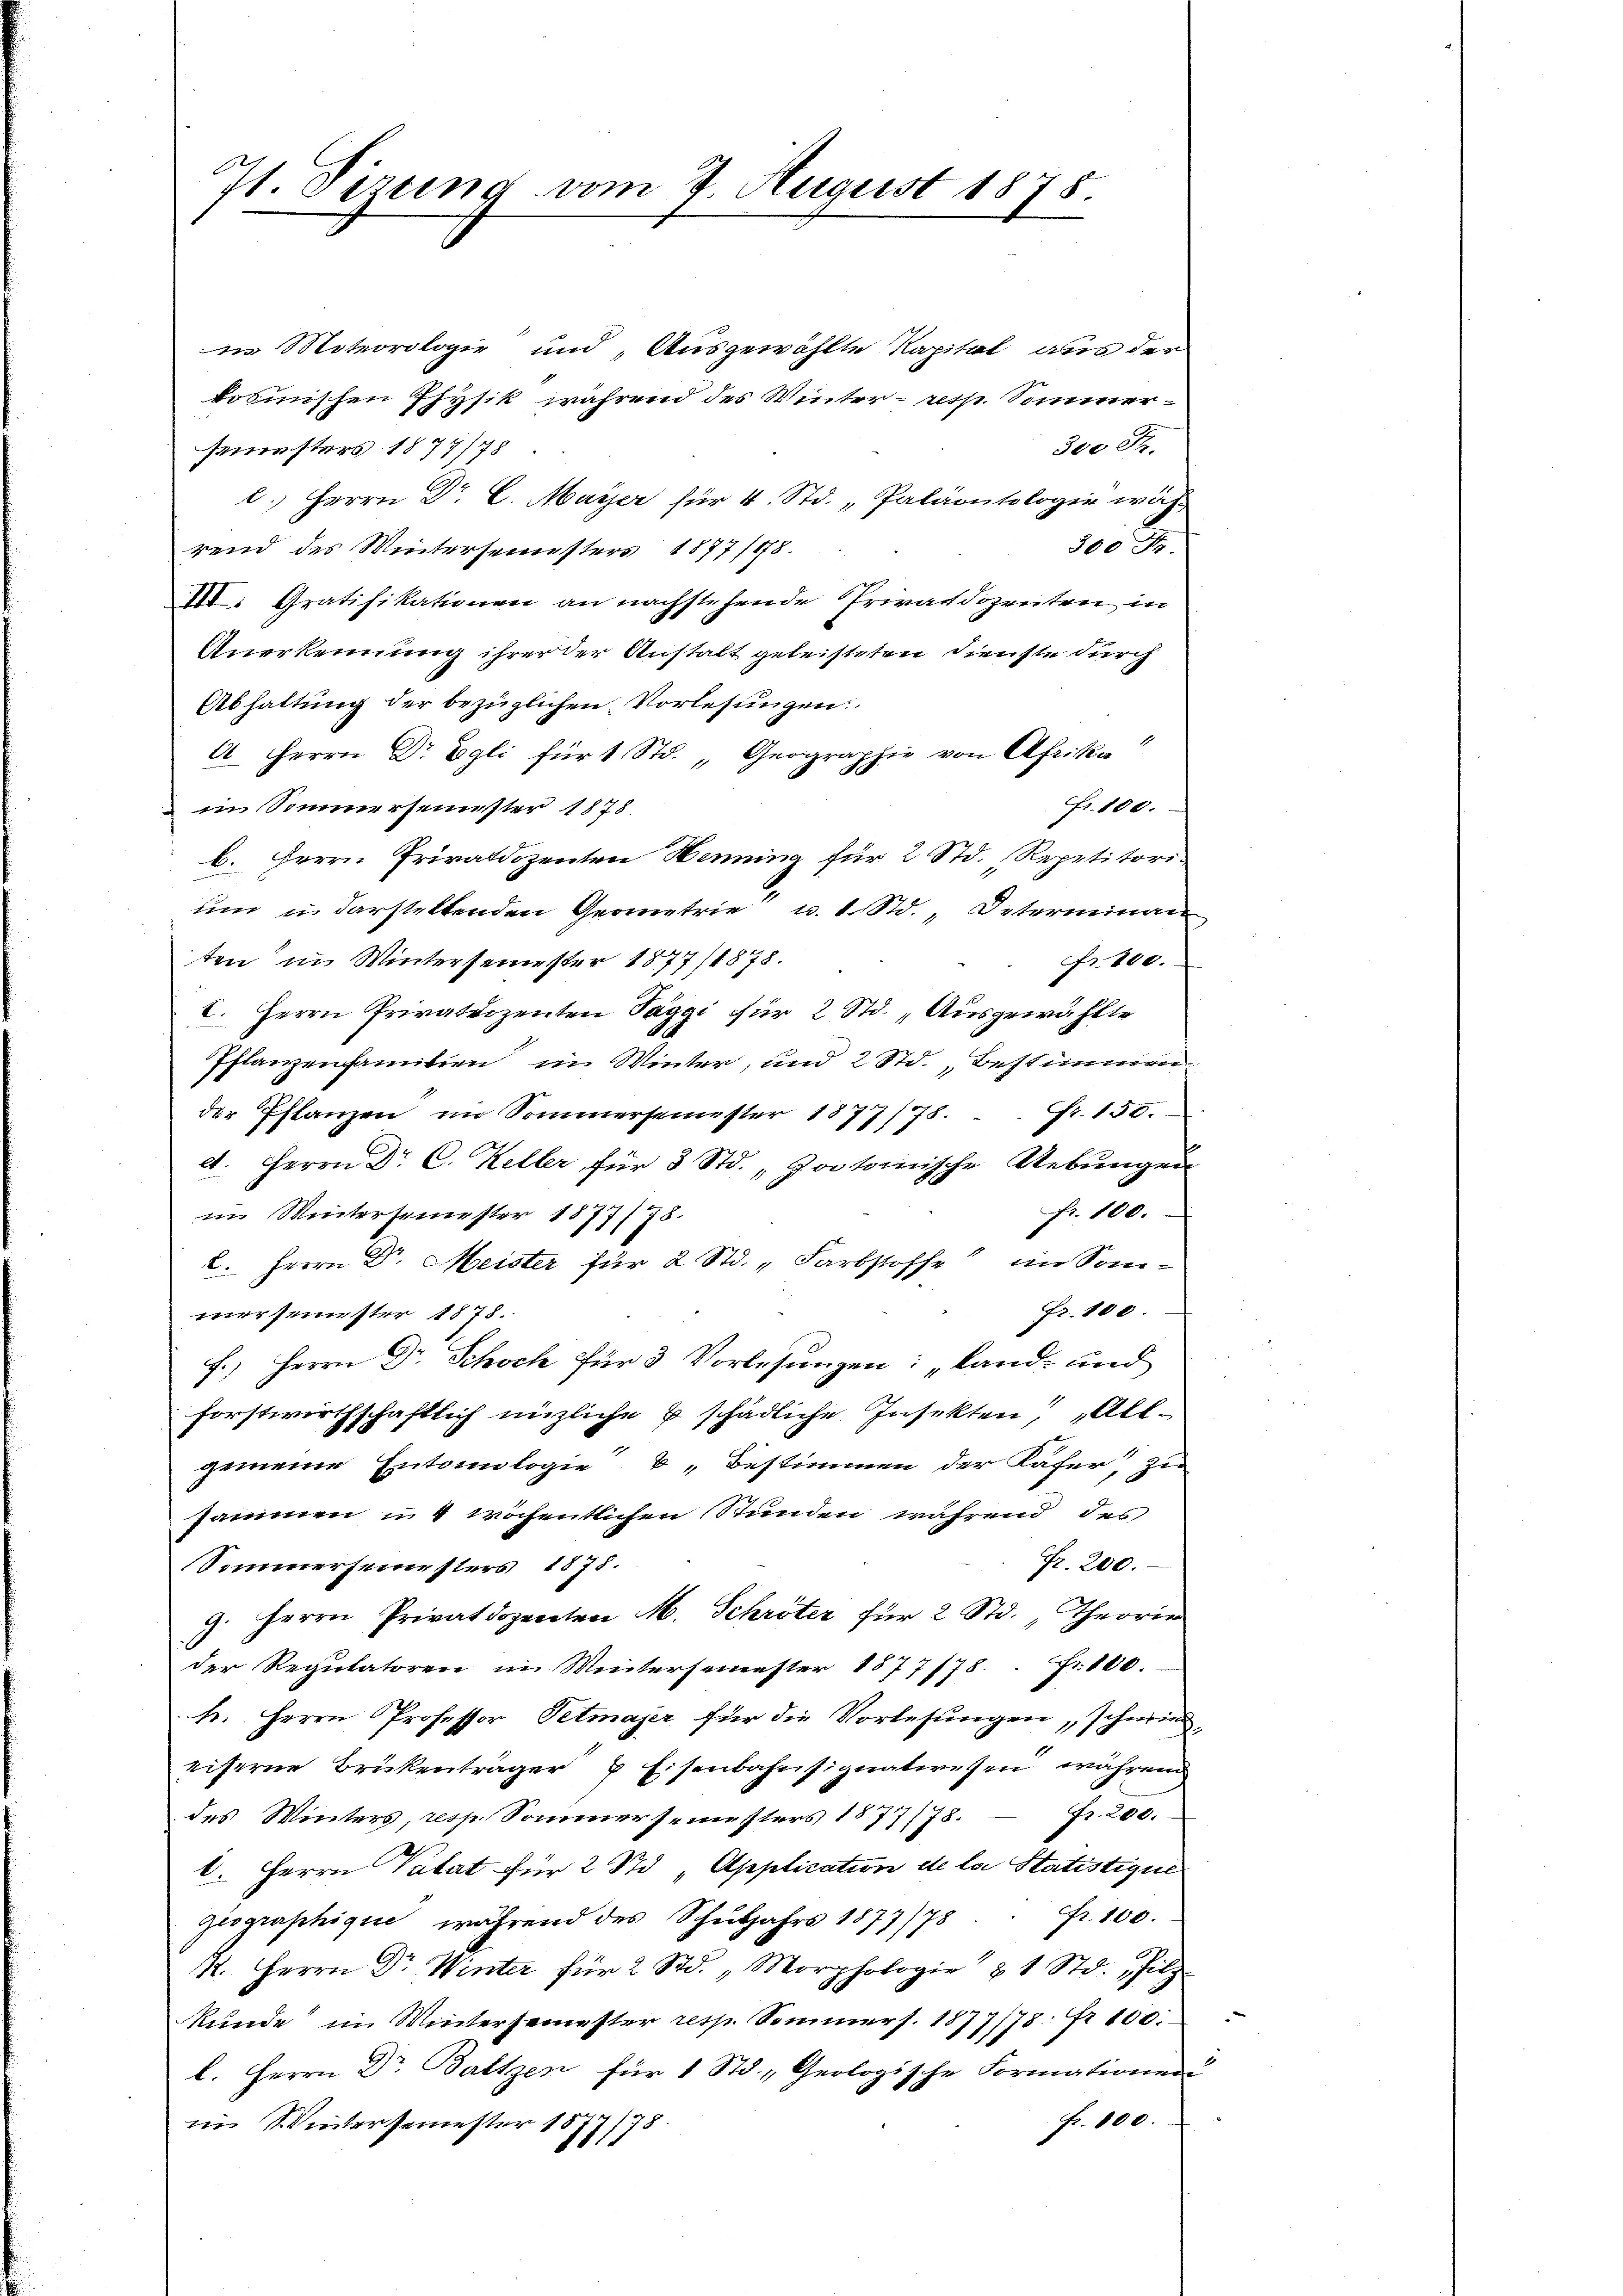
Jt. Sizung vom 7. August 1878.

in Moteorologie und „Ausgewählte Kapital aus der
kosmischen Physik während des Winter - resp. Sommer¬
300 Fr.
semusters 1877/78
l. Herrn Dr. C. Mayer für 4 Std. „Paläontologie wäh-
300
rend des Wintersemesters 1877/78.
VII. Gratifikationen an nachstehende Privatdozreiten in
Anerkennung ihrer der Anstalt geleisteten Dienste durch
Abhaltung der bezüglichen Vorlesungen.
4 Herrn Dr Egli für 1 Std. „Geographie von Afrika
Fr. 100.
 im Sommersemester 1878.
b. Herrn Privatdozenten Henning für 2 Std. Repetitori-
um in darsteltenden Geometrie u. 1 Std. Unterminan
ten im Wintersemester 1877/1878.
Fr. 200.
C. Herrn Privatdozenten Taggi für 2 Std. „Ausgewählte
Pflanzenfamilien im Winter, und 2 Std., bestimmen
der Pflanzen im Sommersemester 1877/78.  Fr. 150.
d. Herrn Dr. C. Keller für 3 Std. „Gootorische Uebŭngen
Fr. 100.
im Wintersemester 1877/78.
C. Herrn Dr. Meister für 2 Std. "Farbstoffe im Som-
Fr. 100.
mersemester 1878.
f.) Herrn Dr. Schoch für 3 Vorlesungen: „Land- und
forstwirthschaftlich nüzliche 2 schädliche Insekten „Allgemeine Entologie 6 „Bestimmen der Kaser, zu
sammen u. 4 wöchentlichen Stunden während des
Fr. 200.
Sommersemesters 1878.
9. Herrn Privatdozenten M. Schröter für 2 Std. „Theorie
der Regulatoren im Wintersemester 1877/78 Fr. 800.
k. Herrn Professor Petmajer für die Vorlesungen, schwie
eiserne Brükenträger 8 Eisenbahnsignatwesen während
des Winters, resp. Sommersemesters 1877/78. Fr. 200.
b. Herrn Patat für 2 t Application de la Statistique
Fr. 100.
geographique, während des Schuljahrs 1877/78
R. Herrn Dr Winter für 2 Std. "Morphologie & 1 Std. Filz
kunde im Wintersemester ress Sommers. 1877/78 Fr. 100.
l. Herrn Dr. Baltzen für 1 Std. „Geologische Formationen
Fr. 800.
im Wintersemester 1818.
1